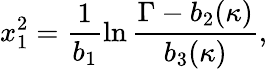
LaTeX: x_{1}^{2}=\frac{1}{b_{1}}\ln\frac{\Gamma-b_{2}(\kappa)}{b_{3}(\kappa)},